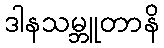
ဒါနသမ္ဘူတာနိ